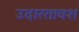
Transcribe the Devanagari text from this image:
उदारतावश